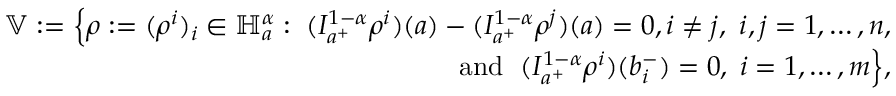
\begin{array} { r } { \mathbb { V } : = \displaystyle \Big \{ \rho : = ( \rho ^ { i } ) _ { i } \in \mathbb H _ { a } ^ { \alpha } : \; ( I _ { a ^ { + } } ^ { 1 - \alpha } \rho ^ { i } ) ( a ) - ( I _ { a ^ { + } } ^ { 1 - \alpha } \rho ^ { j } ) ( a ) = 0 , i \neq j , \, \, i , j = 1 , \ldots , n , } \\ { \qquad \qquad \qquad \mathrm { ~ a n d ~ } \; ( I _ { a ^ { + } } ^ { 1 - \alpha } \rho ^ { i } ) ( b _ { i } ^ { - } ) = 0 , \; i = 1 , \dots , m \Big \} , } \end{array}